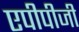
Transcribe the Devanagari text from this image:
एपीपीजी